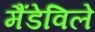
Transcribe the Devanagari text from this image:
मैंडेविले